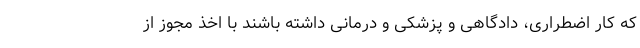
که کار اضطراری، دادگاهی و پزشکی و درمانی داشته باشند با اخذ مجوز از